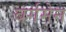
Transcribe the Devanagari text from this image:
बर्गमेन